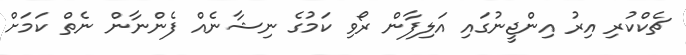
ޗެކްކުރި އިރު އިންޖީނުގައި އަލިފާން ރޯވި ކަމުގެ ނިޝާނެއް ފެންނާން ނެތް ކަމަށް